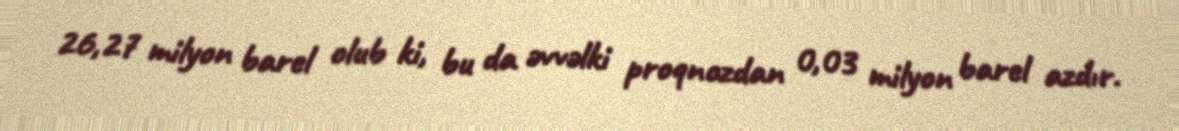
26,27 milyon barel olub ki, bu da əvvəlki proqnozdan 0,03 milyon barel azdır.